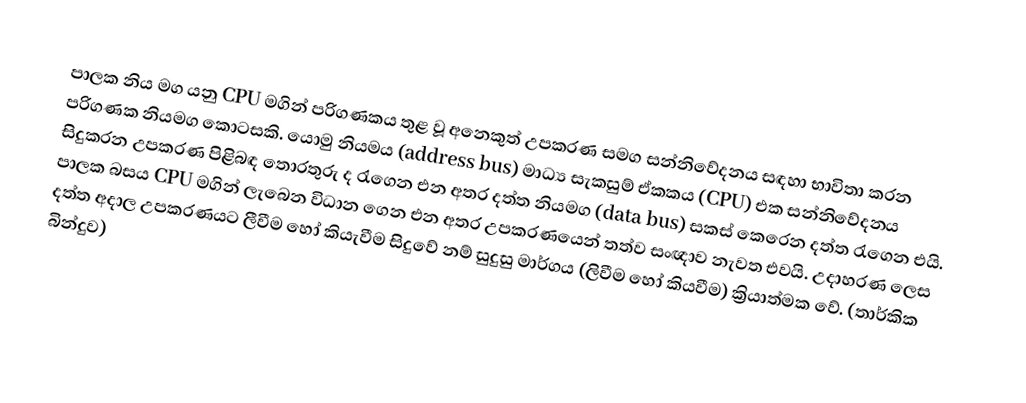
පාලක නිය මග යනු CPU  මගින් පරිගණකය තුළ වූ අනෙකුත් උපකරණ සමග සන්නිවේදනය සඳහා භාවිතා කරන පරිගණක නියමග කොටසකි. යොමු නියමය (address bus) මාධ්‍ය සැකසුම් ඒකකය (CPU) එක සන්නිවේදනය සිදුකරන උපකරණ පිළිබඳ තොරතුරු ද රැගෙන එන අතර දත්ත නියමග (data bus) සකස් කෙරෙන දත්ත රැගෙන එයි. පාලක බසය CPU මගින් ලැබෙන විධාන ගෙන එන අතර උපකරණයෙන් තත්ව සංඥාව නැවත එවයි. උදාහරණ ලෙස දත්ත අදාල උපකරණයට ලීවීම හෝ කියැවීම සිදුවේ නම් සුදුසු මාර්ගය (ලිවීම හෝ කියවීම) ක්‍රියාත්මක වේ. (තාර්කික බින්දුව)